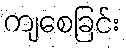
ကျစေခြင်း